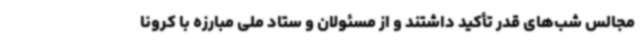
مجالس شب‌های قدر تأکید داشتند و از مسئولان و ستاد ملی مبارزه با کرونا